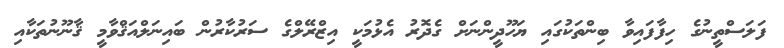
ފަލަސްތީނުގެ ހިފާފައިވާ ބިންތަކުގައި ޔަހޫދީންނަށް ގެދޮރު އެޅުމަކީ އިޒްރޭލްގެ ސަރުކާރުން ބައިނަލްއަޤްވާމީ ޤާނޫނުތަކާއި